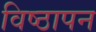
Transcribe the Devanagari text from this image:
विष्ठापन